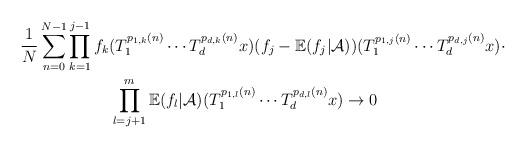
LaTeX: \begin{align*} \frac{1}{N}\sum_{n=0}^{N-1}&\prod_{k=1}^{j-1}f_k(T_{1}^{p_{1,k}(n)}\cdots T_{d}^{p_{d,k}(n)}x)(f_j-\mathbb{E}(f_j|\mathcal{A}))(T_{1}^{p_{1,j}(n)}\cdots T_{d}^{p_{d,j}(n)}x)\cdot\\&\ \ \ \ \ \ \ \ \prod_{l=j+1}^{m}\mathbb{E}(f_{l}|\mathcal{A})(T_{1}^{p_{1,l}(n)}\cdots T_{d}^{p_{d,l}(n)}x)\rightarrow 0 \end{align*}